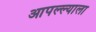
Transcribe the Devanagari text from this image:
आपल्ल्याला